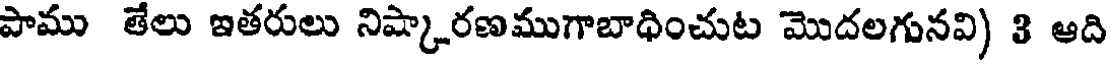
పాము తేలు ఇతరులు నిష్కారణముగాబాధించుట మొదలగునవి) 3 ఆది